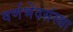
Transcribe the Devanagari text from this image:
वर्णभेदसंस्था